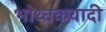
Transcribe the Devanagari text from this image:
भोथ्तकवादी